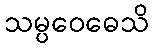
သမ္ပဝေဓေသိ